65_HS1-834228961_62-HQ-83894_Section_5
Agency: FBI
Page 40
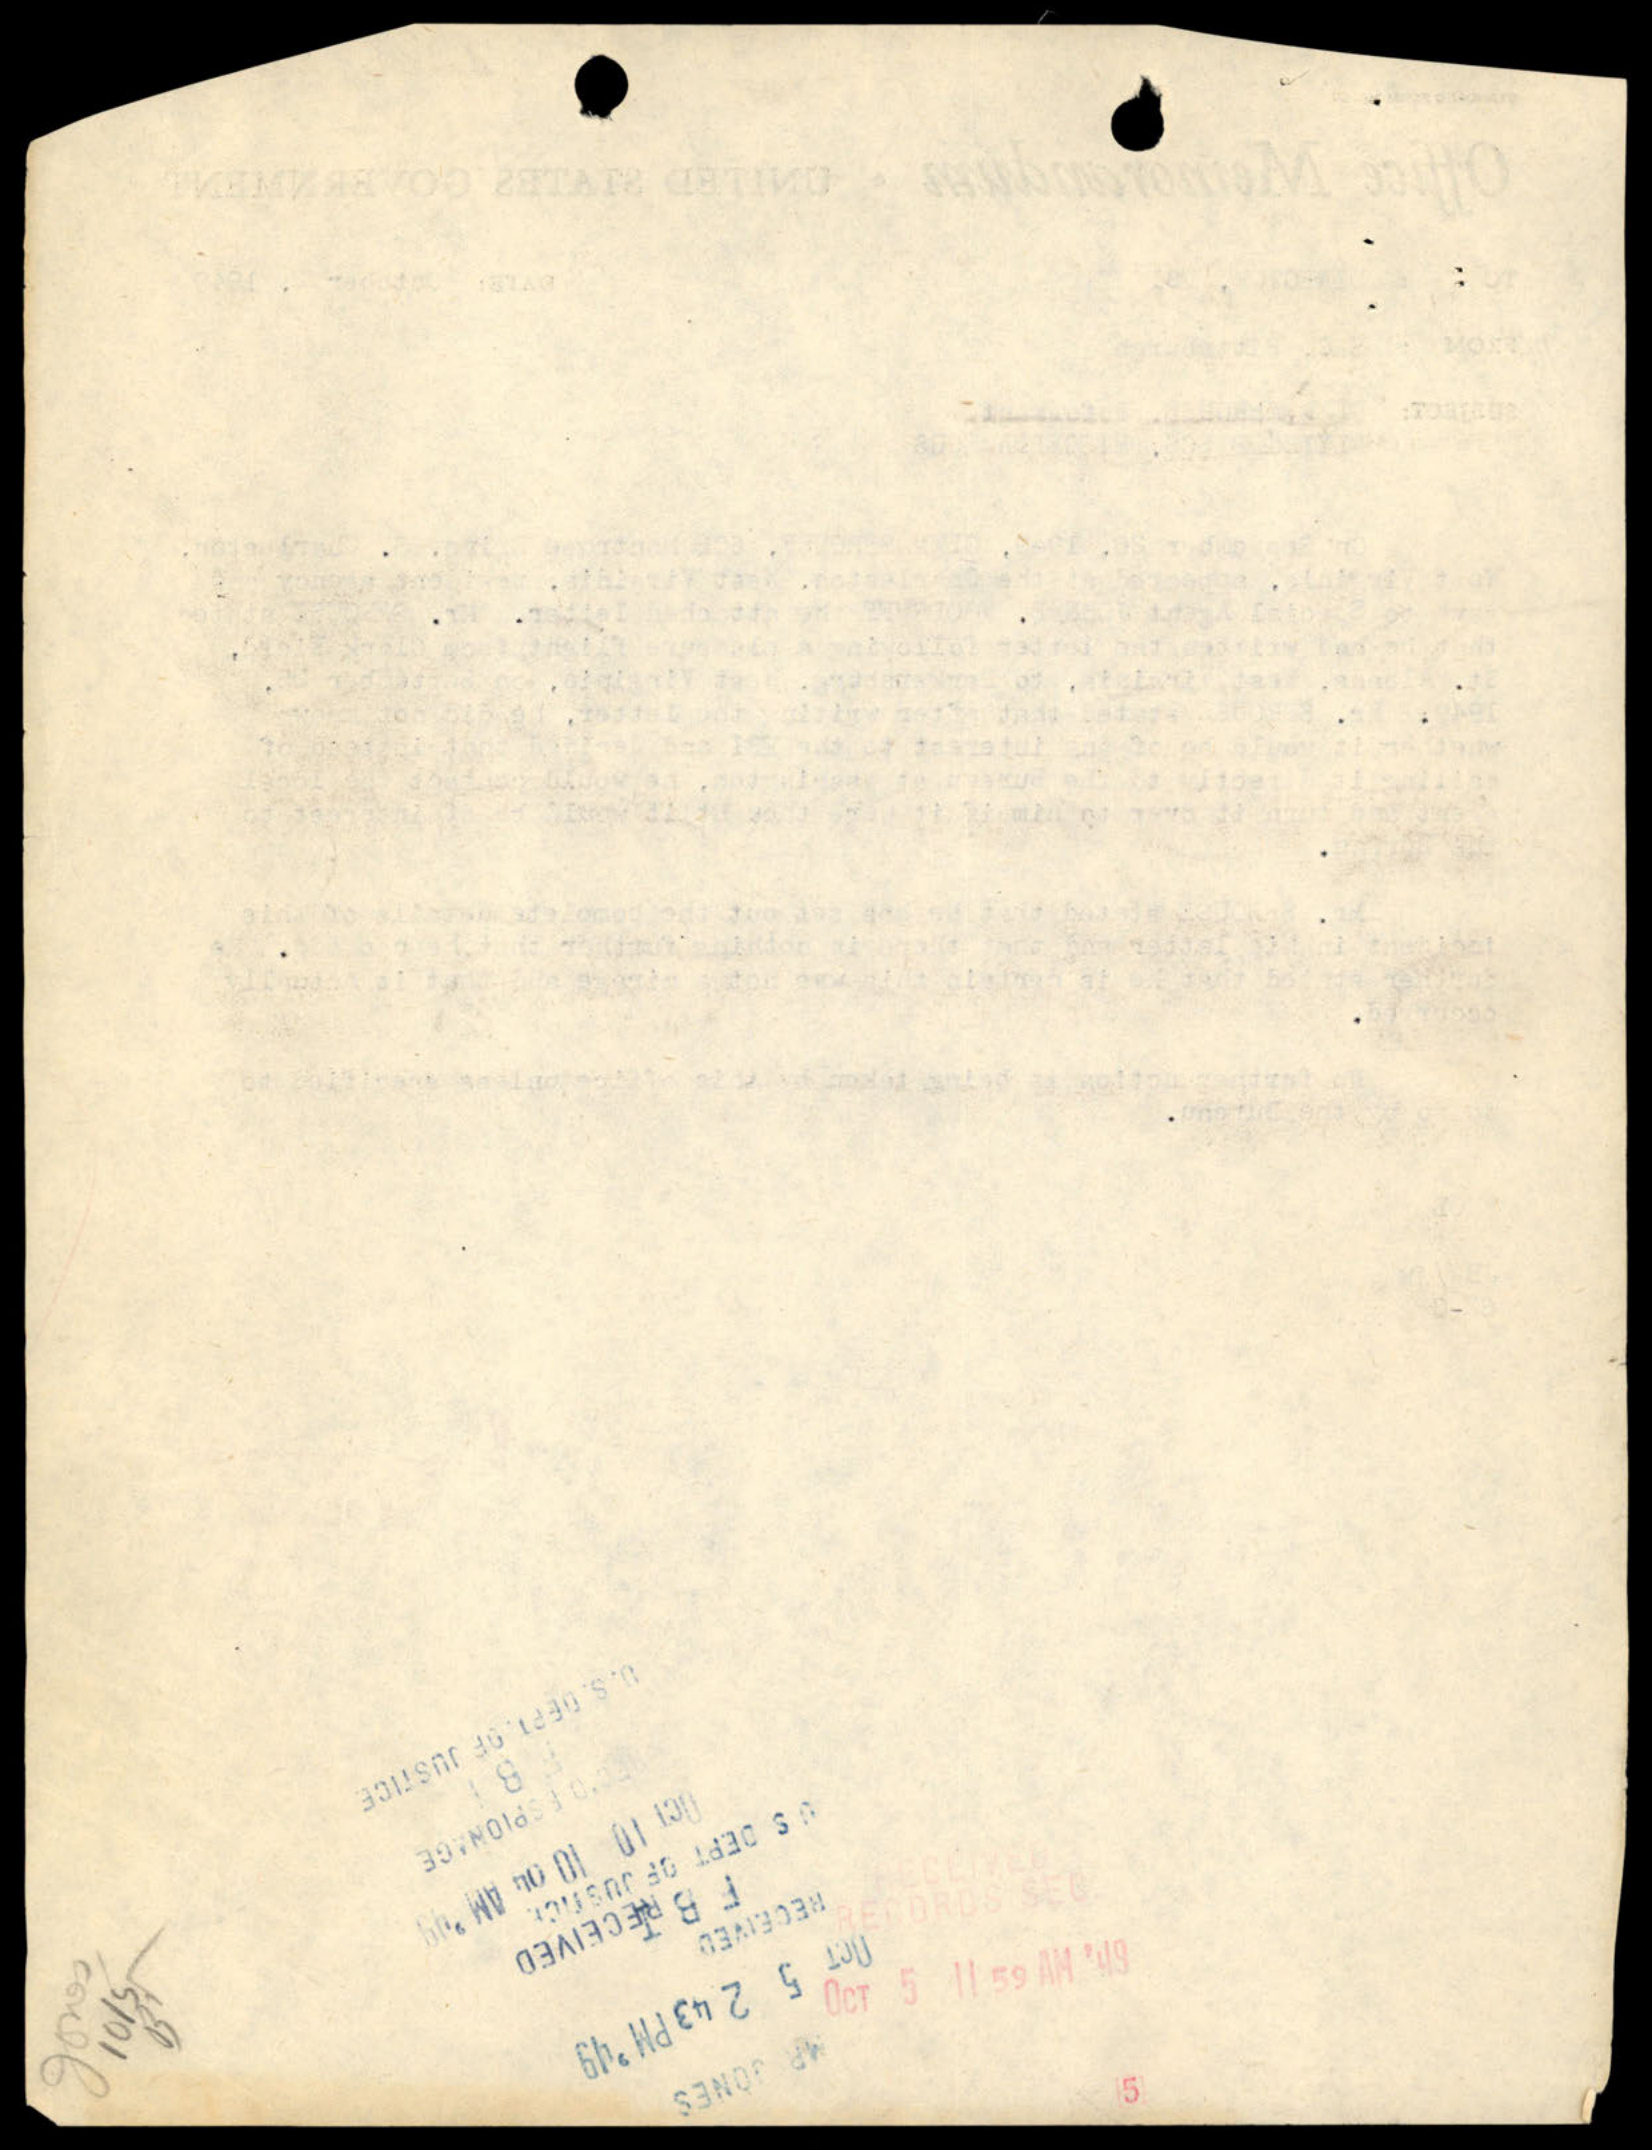